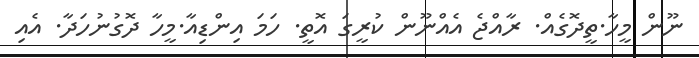
ނޫން މީހާ.ތީދޮގެއް. ރާއްޖެ އެއްނޫން ކުރީގަ އޮތީ. ހަމަ އިންޑިއާ.މީހާ ދޮގުނުހަދާ. އެއި